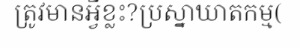
ត្រូវមានអ្វីខ្លះ?ប្រស្នាឃាតកម្ម(